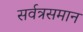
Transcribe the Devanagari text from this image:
सर्वत्रसमान